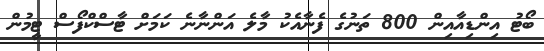
ބޯޓު އިންޑިއާއިން 800 ތަނުގެ ފެނާއެކު މާލެ އަންނާނެ ކަމަށް ޓާސްކްފޯސް ޓީމުން